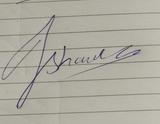
Signature authenticity: genuine